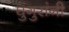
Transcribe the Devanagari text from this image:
घुंगुरांनी